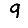
Digit: 9